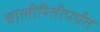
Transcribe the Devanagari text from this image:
चालीरितीपर्यंत